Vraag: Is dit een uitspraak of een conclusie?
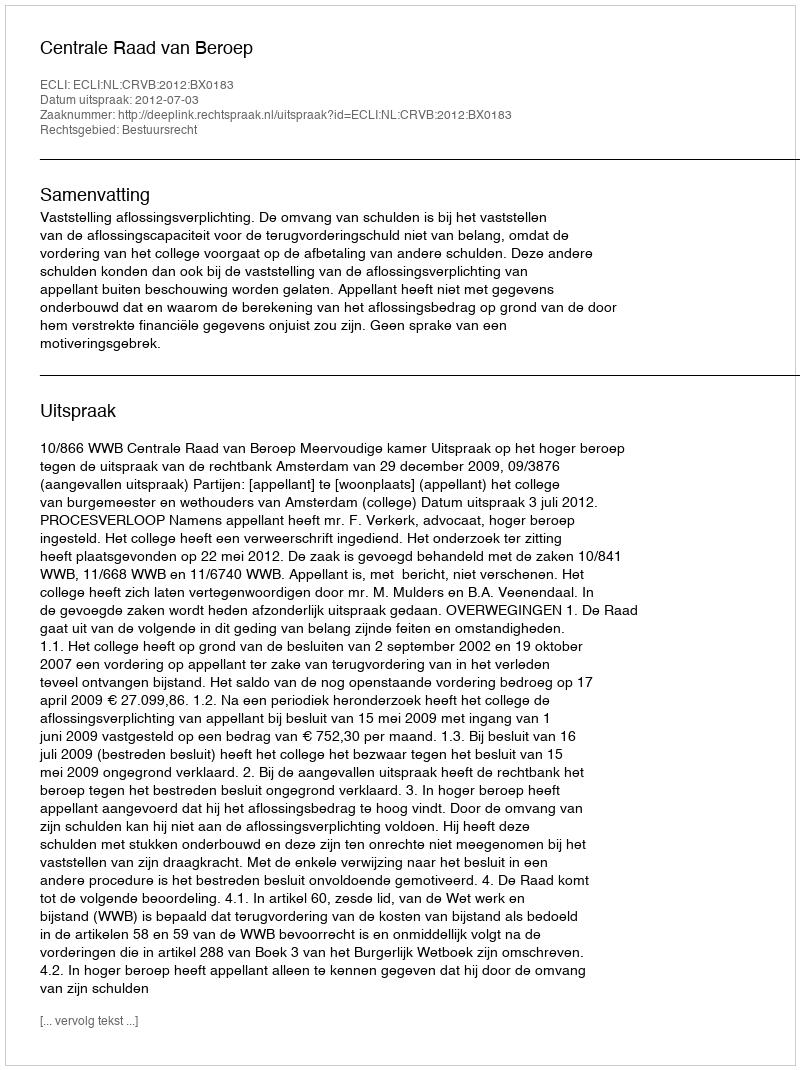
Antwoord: Uitspraak